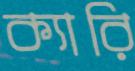
ক্যারি